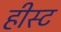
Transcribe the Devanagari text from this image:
हीस्ट